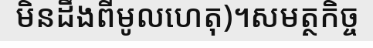
មិនដឹងពីមូលហេតុ)។សមត្ថកិច្ច